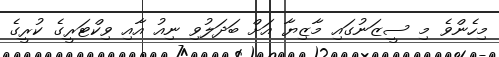
މިހެންވެ މި ސީޒަނުގައި މާޒިޔާ އަށް ބަދަލުވި ނިއު އާއި ވިކްޓަރީގެ ކުރީގެ